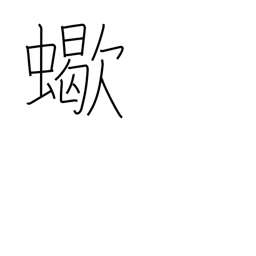
Meaning: scorpion